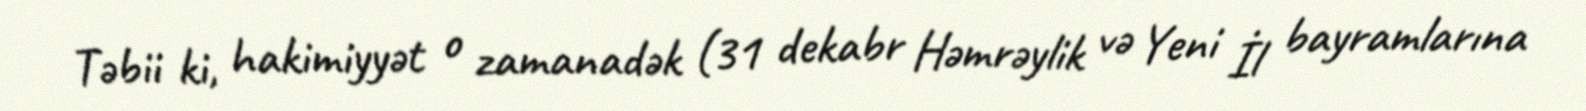
Təbii ki, hakimiyyət o zamanadək (31 dekabr Həmrəylik və Yeni İl bayramlarına